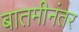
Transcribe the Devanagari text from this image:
बातमीनंतर